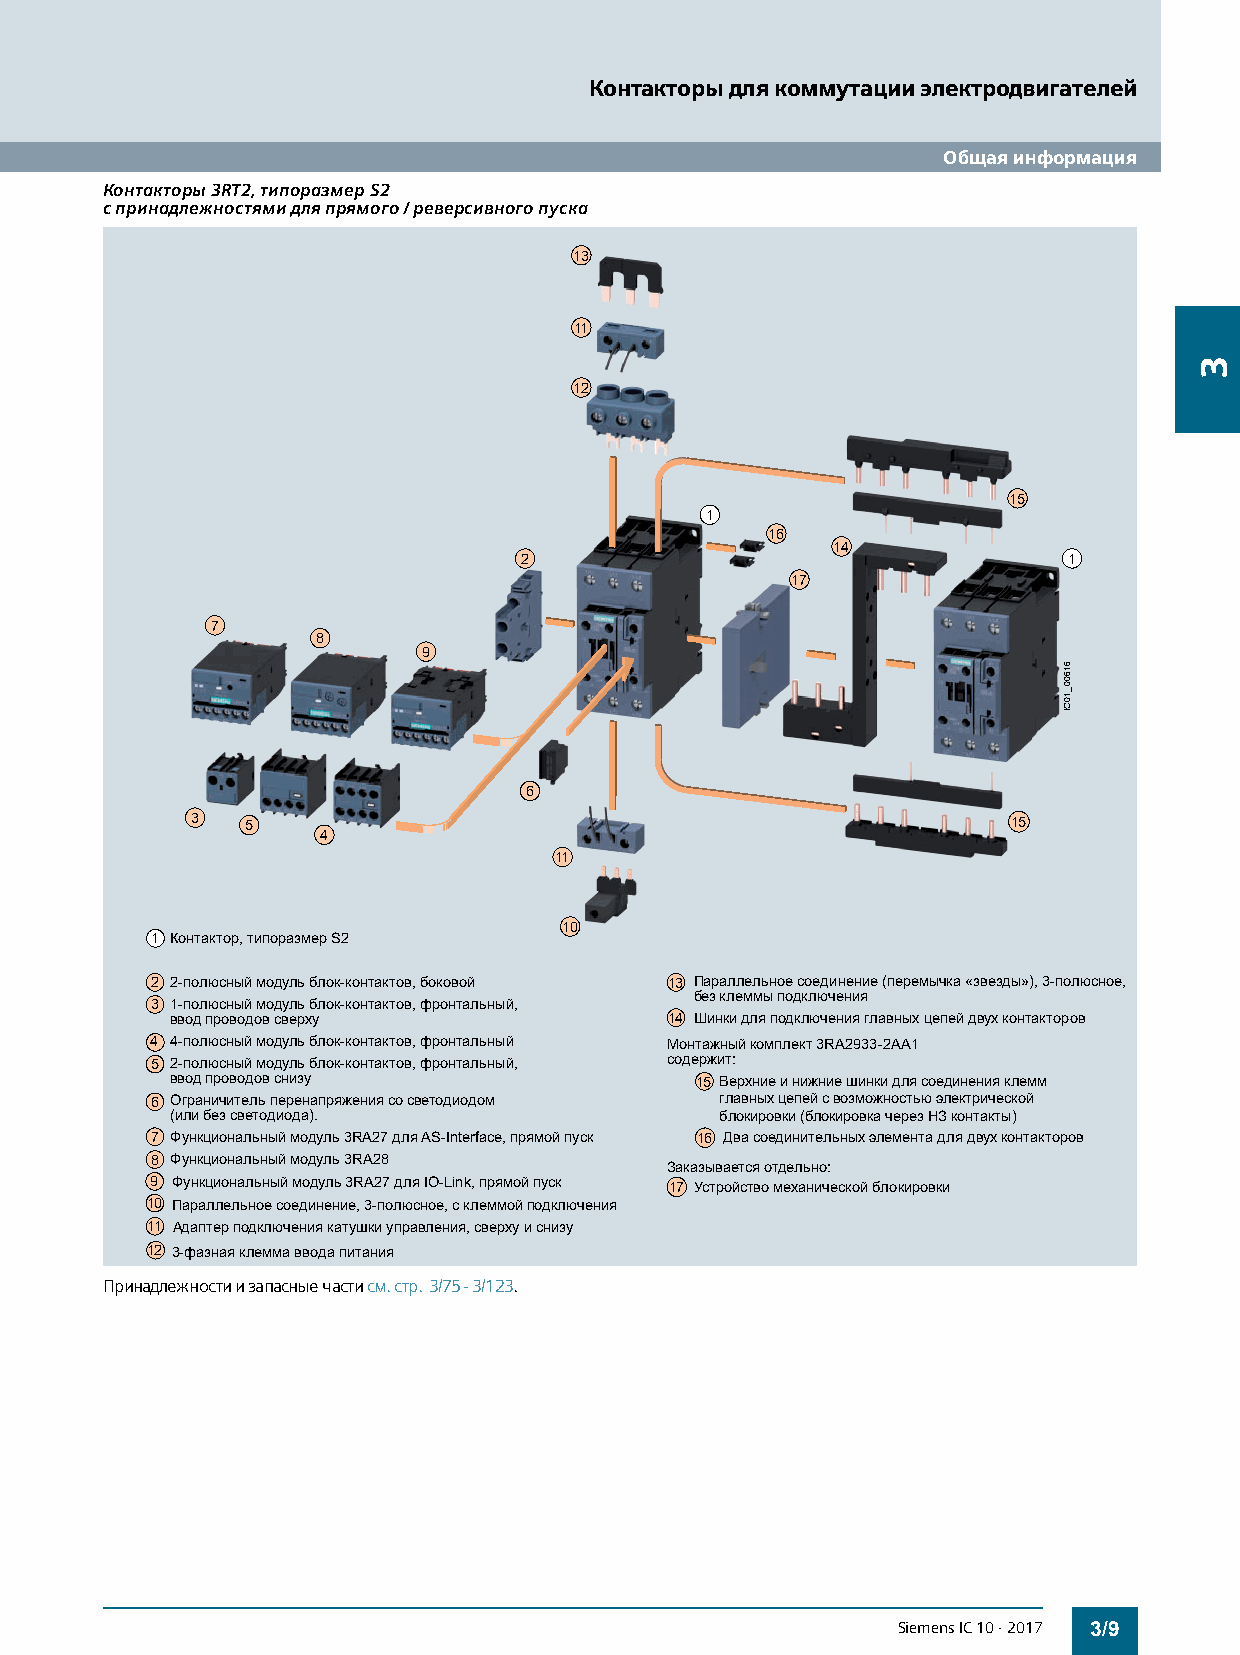
Контакторы для коммутации электродвигателей
 Общая информация
 Контакторы 3RT2, типоразмер S2
 с принадлежностями для прямого / реверсивного пуска
 13
 11
 12
 15
 1
 16
 14
 2                                    1
 17
 7
 8
 9
 6
 3  5                                                  15
 4
 11
 10
 1 Контактор, типоразмер S2
 2 2-полюсный модуль блок-контактов, боковой 13 Параллельное соединение (перемычка «звезды»), 3-полюсное,
 без клеммы подключения
 3 1-полюсный модуль блок-контактов, фронтальный,
 ввод проводов сверху             14 Шинки для подключения главных цепей двух контакторов
 4 4-полюсный модуль блок-контактов, фронтальный Монтажный комплект 3RA2933-2AA1
 5 2-полюсный модуль блок-контактов, фронтальный, содержит:
 ввод проводов снизу                15 Верхние и нижние шинки для соединения клемм
 6 Ограничитель перенапряжения со светодиодом главных цепей с возможностью электрической
 (или без светодиода).                блокировки (блокировка через НЗ контакты)
 7 Функциональный модуль 3RA27 для AS-Interface, прямой пуск 16 Два соединительных элемента для двух контакторов
 8 Функциональный модуль 3RA28
 Заказывается отдельно:
 9 Функциональный модуль 3RA27 для IO-Link, прямой пуск 17 Устройство механической блокировки
 10 Параллельное соединение, 3-полюсное, с клеммой подключения
 11 Адаптер подключения катушки управления, сверху и снизу
 12 3-фазная клемма ввода питания
 Принадлежности и запасные части см. стр. 3/75 - 3/123.
 Siemens IC 10 · 2017 3/9
 61600_10CI
 3